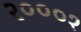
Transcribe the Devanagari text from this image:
२०००१